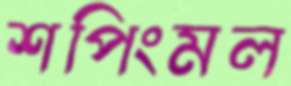
শপিংমল